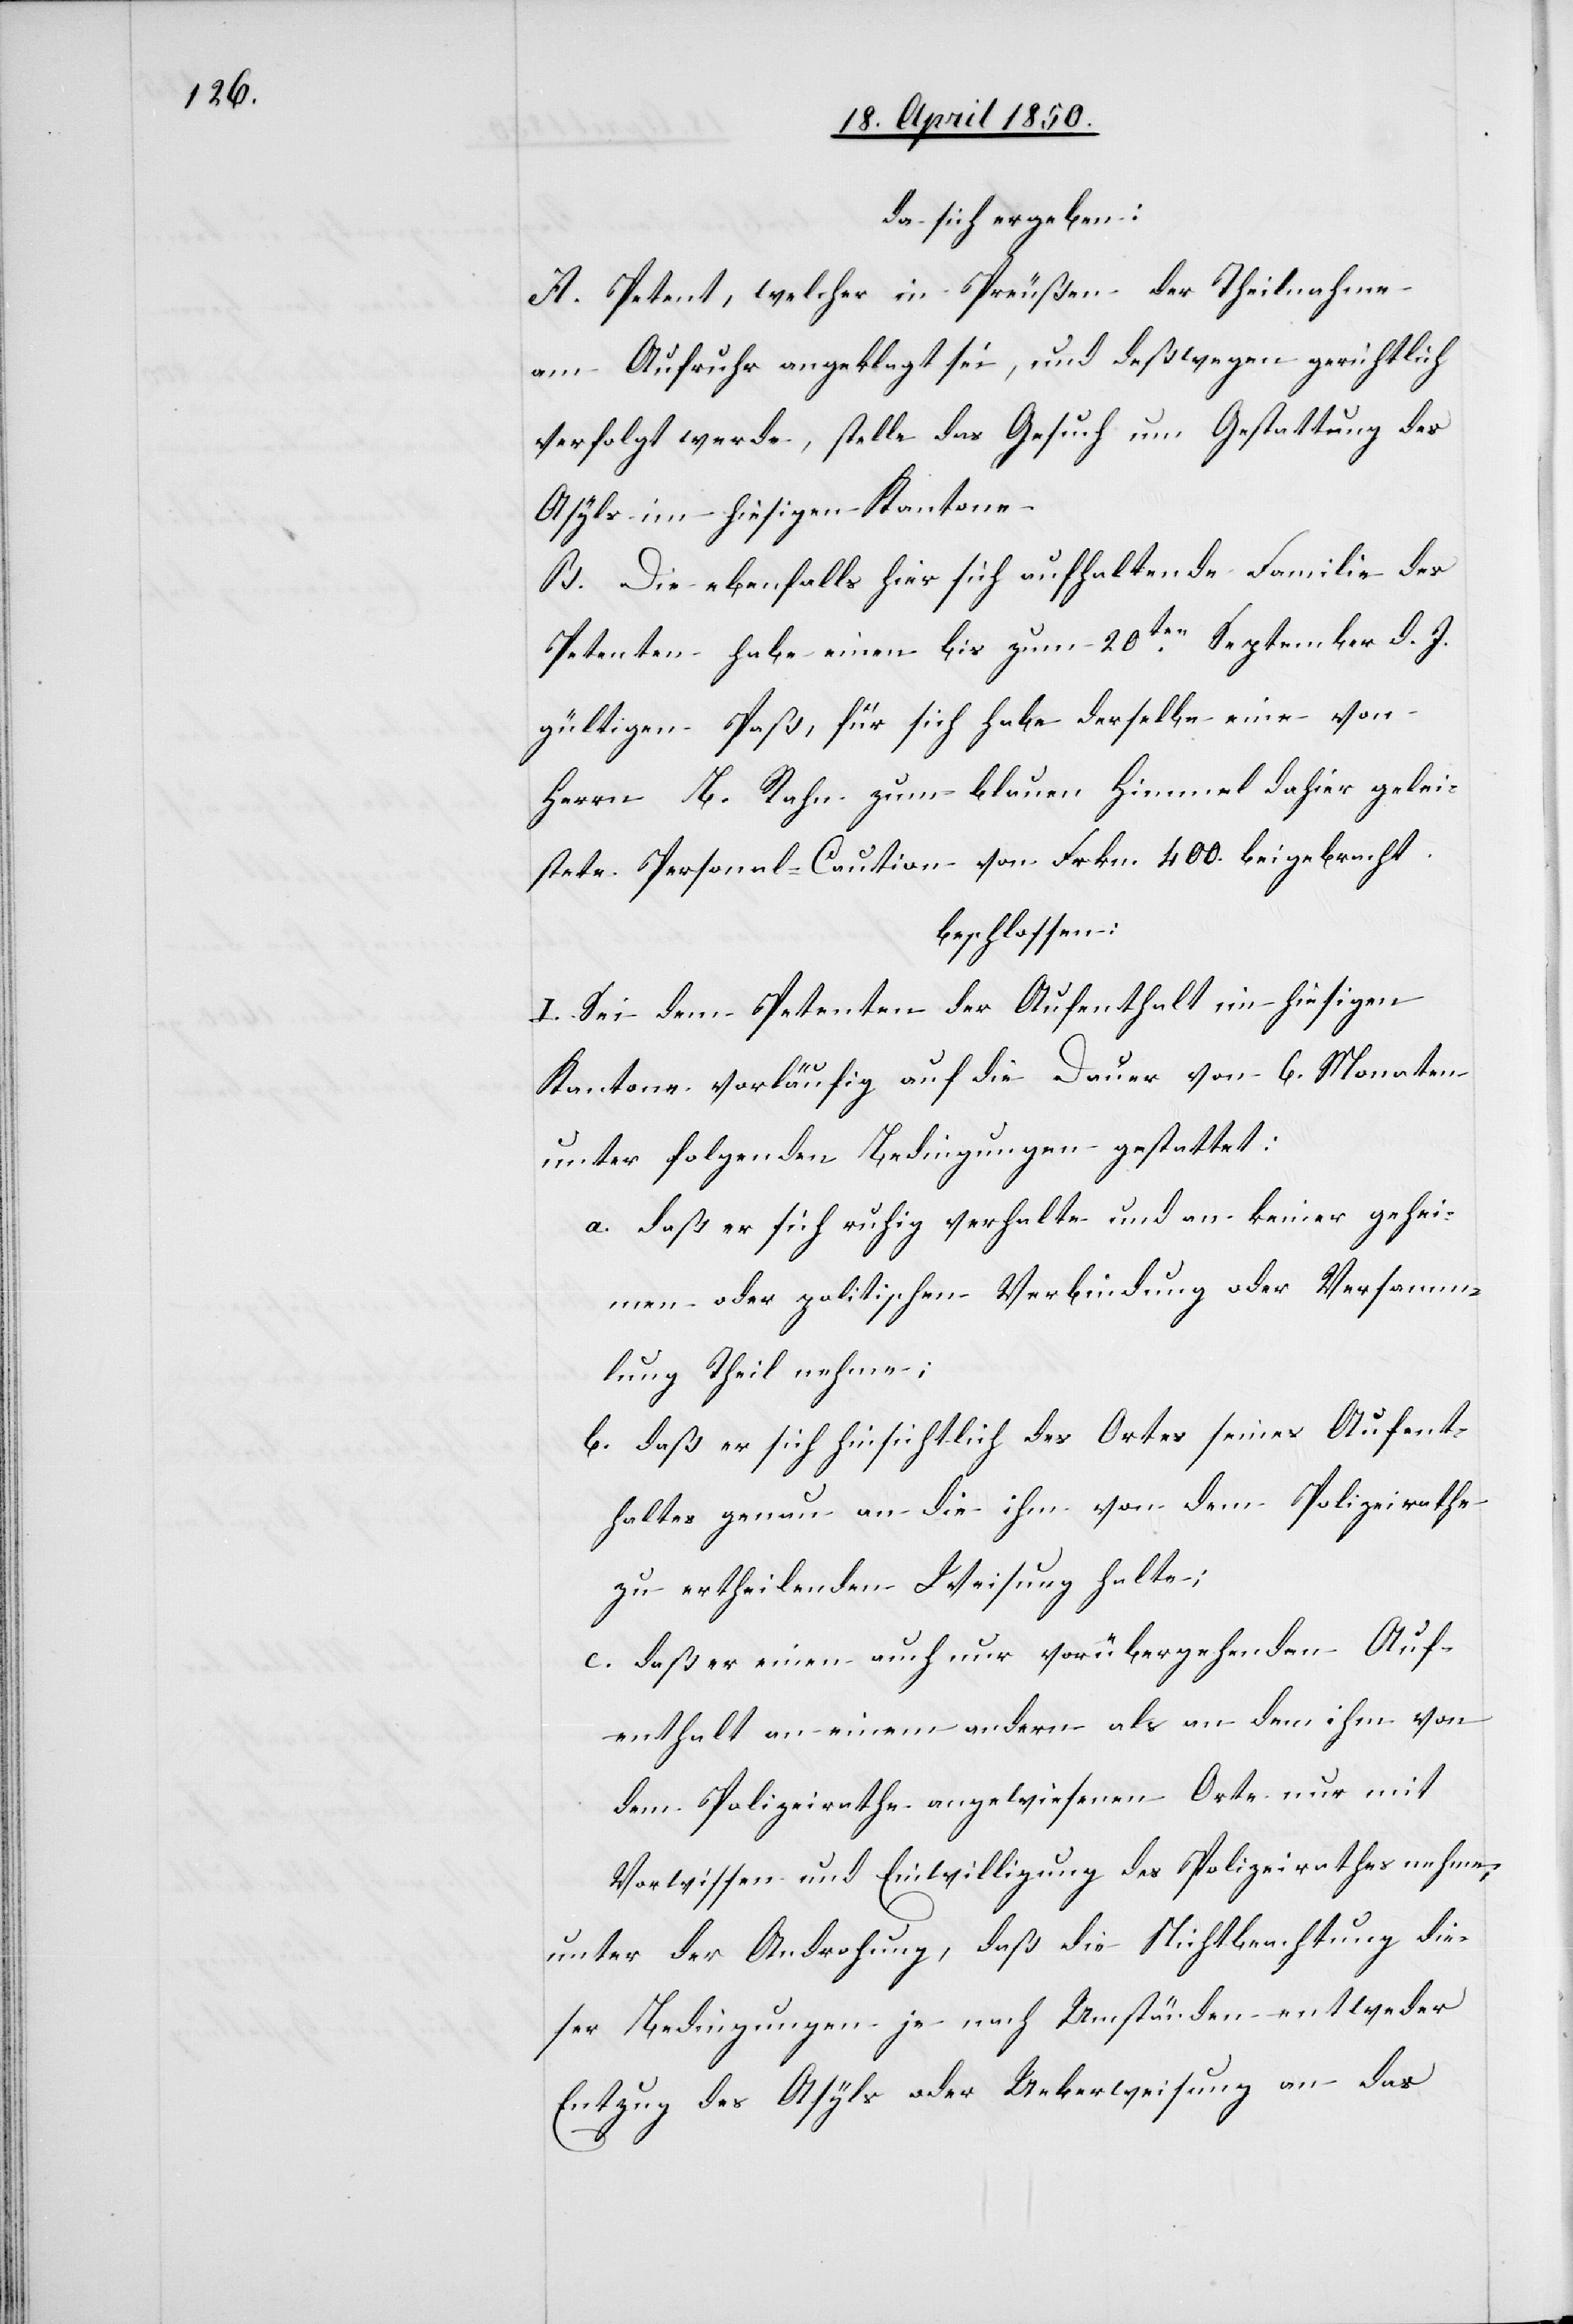
da sich ergeben:
A. Petent, welcher in Preußen der Theilnahme
am Aufruhr angeklagt sei, und deßwegen gerichtlich
verfolgt werde, stelle das Gesuch um Gestattung des
Asyls im hiesigen Kantone
B. Die ebenfalls hier sich aufhaltende Familie des
Petenten habe einen bis zum 20ten September d. J.
gültigen Paß, für sich habe derselbe eine von
Herrn B. Rahn zum blauen Himmel dahier gelei¬
stete Personal-Caution von Frkn. 400. beigebracht.
beschlossen:
I. Sei dem Petenten der Aufenthalt im hiesigen
Kantone vorläufig auf die Dauer von 6. Monaten
unter folgenden Bedingungen gestattet:
a. daß er sich ruhig verhalte und an keiner gehei¬
men oder politischen Verbindung oder Versamm¬
lung Theil nehme;
b. daß er sich hinsichtlich des Ortes seines Aufent¬
haltes genau an die ihm von dem Polizeirathe
zu ertheilenden Weisung halte;
d. daß er einen auch nur vorübergehenden Auf¬
enthalt an einem andern als an dem ihm von
dem Polizeirathe angewiesenen Orte nur mit
Vorwissen und Einwilligung des Polizeirathes nehme;
unter der Androhung, daß die Nichtbeachtung die¬
ser Bedingungen je nach Umständen entweder
Entzug des Asyls oder Ueberweisung an das